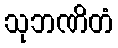
သုဘဏိတံ